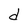
Character: d